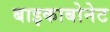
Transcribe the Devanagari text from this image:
बाइकाबोनेट